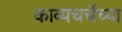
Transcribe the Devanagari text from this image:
काव्यचर्चेच्या